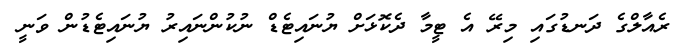
ރެއާލްގެ ދަނޑުގައި މިރޭ އެ ޓީމާ ދެކޮޅަށް ޔުނައިޓެޑް ނުކުންނައިރު ޔުނައިޓެޑުން ވަނީ